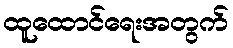
ထူထောင်ရေးအတွက်